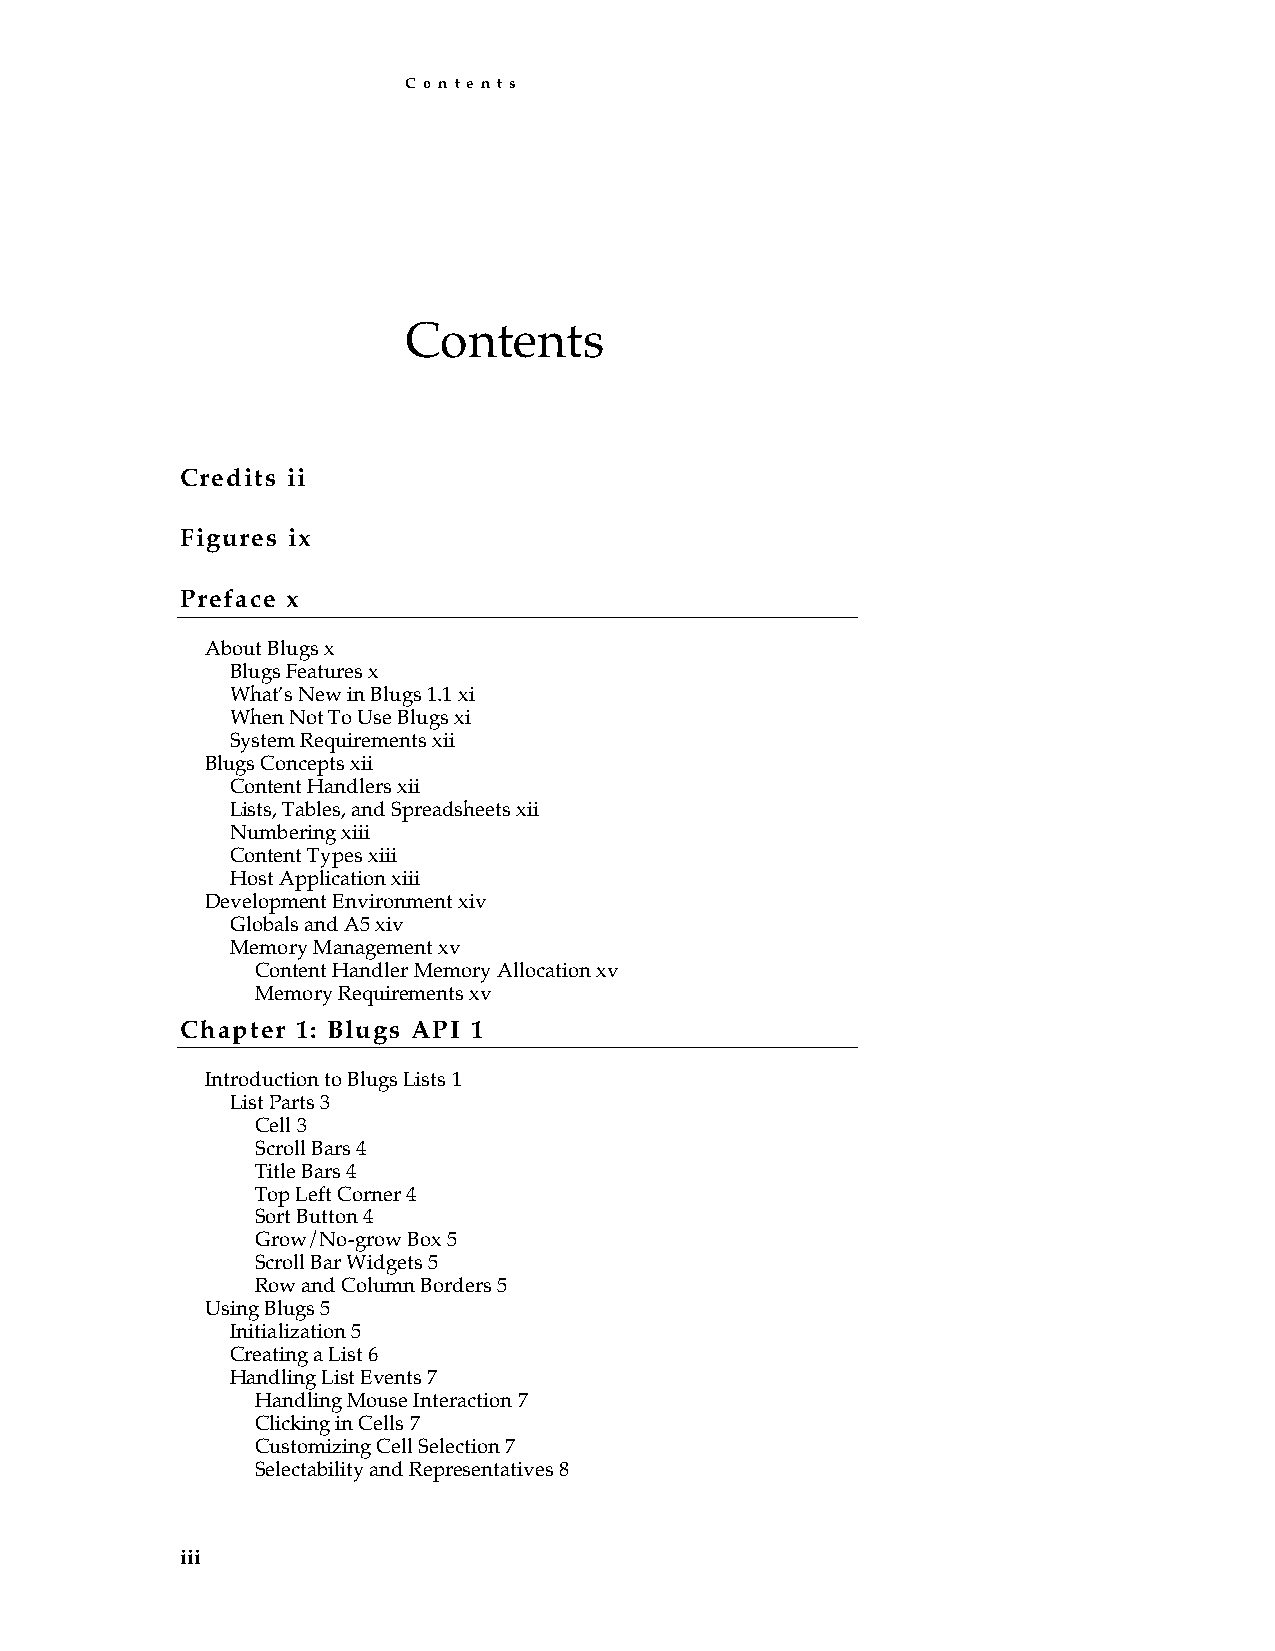
C o n t e n t s
 Contents
 C r e d i t s i i
 F i g u r e s i x
 P r e f a c e x
 About Blugs x
 Blugs Features x
 What’s New in Blugs 1.1 xi
 When Not To Use Blugs xi
 System Requirements xii
 Blugs Concepts xii
 Content Handlers xii
 Lists, Tables, and Spreadsheets xii
 Numbering xiii
 Content Types xiii
 Host Application xiii
 Development Environment xiv
 Globals and A5 xiv
 Memory Management xv
 Content Handler Memory Allocation xv
 Memory Requirements xv
 C h a p t e r 1 : B l u g s A P I 1
 Introduction to Blugs Lists 1
 List Parts 3
 Cell 3
 Scroll Bars 4
 Title Bars 4
 Top Left Corner 4
 Sort Button 4
 Grow/No-grow Box 5
 Scroll Bar Widgets 5
 Row and Column Borders 5
 Using Blugs 5
 Initialization 5
 Creating a List 6
 Handling List Events 7
 Handling Mouse Interaction 7
 Clicking in Cells 7
 Customizing Cell Selection 7
 Selectability and Representatives 8
 iii